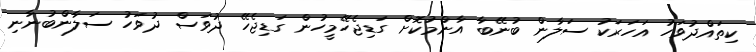
ކިތައްދުވަހު އަހަރަކު ސަލާން ބުނޭބާ އާންމުކޮށް ގަޑިޖެހޭމީހުން ގަޑިޖެހޭ ދުވަސް ދުވަހު ސަލާންބުނާނި